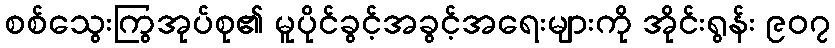
စစ်သွေးကြွအုပ်စု၏ မူပိုင်ခွင့်အခွင့်အရေးများကို အိုင်းရွန်း ၉၀၇